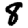
Digit: 8